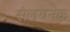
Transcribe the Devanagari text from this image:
संलयनक